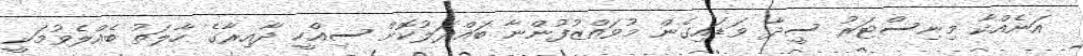
އަނެއްކާ މިނިސްޓަރު ސީދާ ވަޑައިގެން މުވައްޒުފުންނާ ބައްދަލުކޮށް ސިއްހީ ދާއިރާގެ ހާލަތު ބެއްލެވުމަކީ